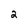
Character: 2